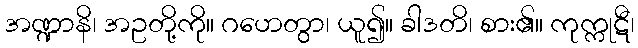
အဏ္ဍာနိ၊ အဥတို့ကို။ ဂဟေတွာ၊ ယူ၍။ ခါဒတိ၊ စား၏။ ကုက္ကုဋီ၊